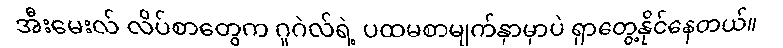
အီးမေးလ် လိပ်စာတွေက ဂူဂဲလ်ရဲ့ ပထမစာမျက်နှာမှာပဲ ရှာတွေ့နိုင်နေတယ်။